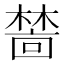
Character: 𬄜